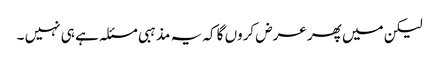
لیکن میں پھر عرض کروں گا کہ یہ مذہبی مسئلہ ہے ہی نہیں ۔